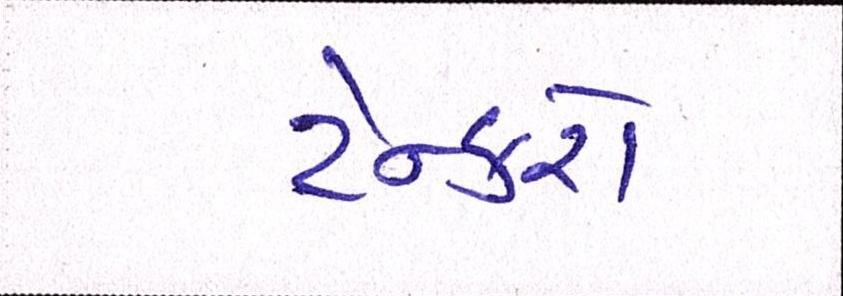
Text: ટેન્કરો